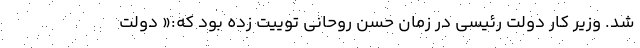
شد. وزیر کار دولت رئیسی در زمان حسن روحانی توییت زده بود که:« دولت